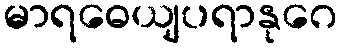
မာရဓေယျပရာနုဂေ